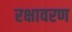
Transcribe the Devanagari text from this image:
रक्षावरण